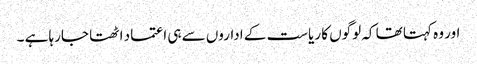
اور وہ کہتا تھا کہ لوگوں کا ریاست کے اداروں سے ہی اعتماد اٹھتا جارہا ہے ۔